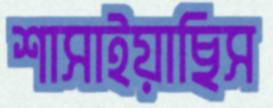
শাসাইয়াছিস